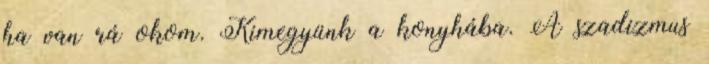
ha van rá okom. Kimegyünk a konyhába. A szadizmus